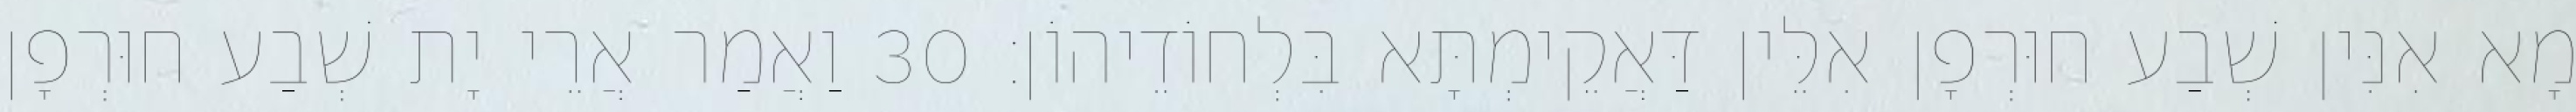
מָא אִנִּין שְׁבַע חוּרְפָן אִלֵּין דַּאֲקֵימְתָּא בִּלְחוֹדֵיהוֹן׃ 30 וַאֲמַר אֲרֵי יָת שְׁבַע חוּרְפָן